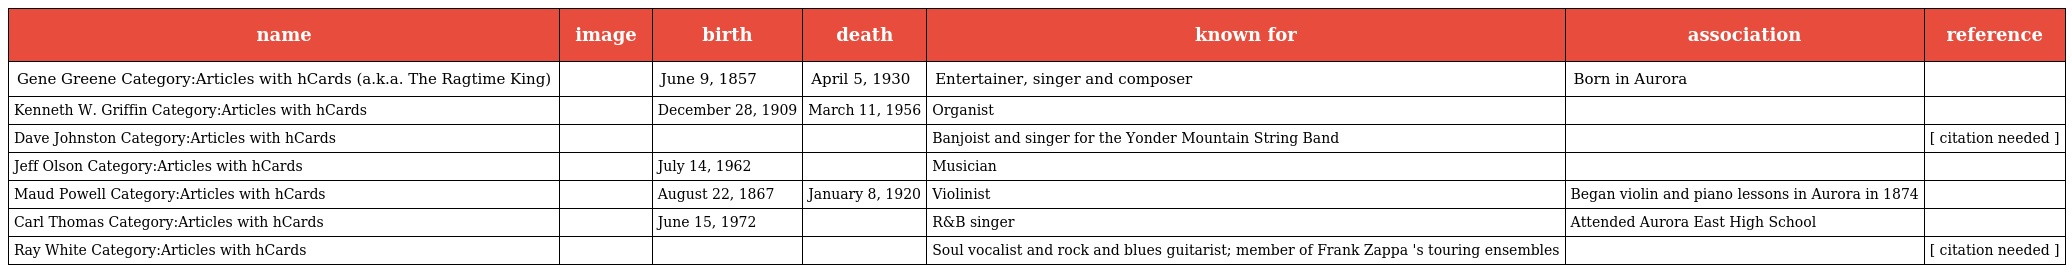
| name | image | birth | death | known for | association | reference |
 | --- | --- | --- | --- | --- | --- | --- |
 | Gene Greene Category:Articles with hCards (a.k.a. The Ragtime King) |  | June 9, 1857 | April 5, 1930 | Entertainer, singer and composer | Born in Aurora |  |
 | Kenneth W. Griffin Category:Articles with hCards |  | December 28, 1909 | March 11, 1956 | Organist |  |  |
 | Dave Johnston Category:Articles with hCards |  |  |  | Banjoist and singer for the Yonder Mountain String Band |  | [ citation needed ] |
 | Jeff Olson Category:Articles with hCards |  | July 14, 1962 |  | Musician |  |  |
 | Maud Powell Category:Articles with hCards |  | August 22, 1867 | January 8, 1920 | Violinist | Began violin and piano lessons in Aurora in 1874 |  |
 | Carl Thomas Category:Articles with hCards |  | June 15, 1972 |  | R&B singer | Attended Aurora East High School |  |
 | Ray White Category:Articles with hCards |  |  |  | Soul vocalist and rock and blues guitarist; member of Frank Zappa 's touring ensembles |  | [ citation needed ] |